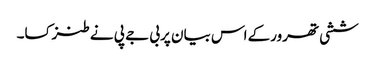
ششی تھرورکے اس بیان پربی جے پی نے طنزکسا۔